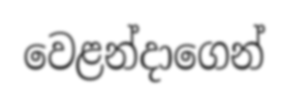
වෙළන්දාගෙන්